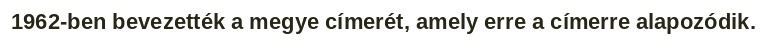
1962-ben bevezették a megye címerét, amely erre a címerre alapozódik.